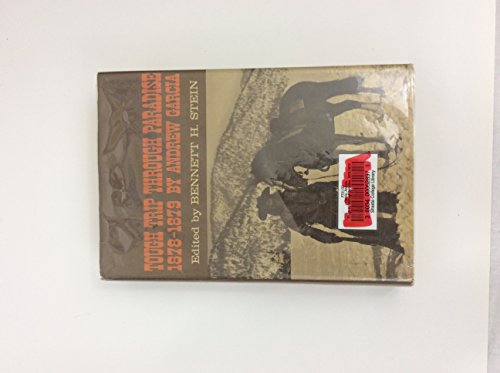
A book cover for Tough Trip Through Paradise, 1878-1879; Andrew Garcia; Travel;